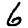
Digit: 6